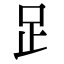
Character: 𧾷